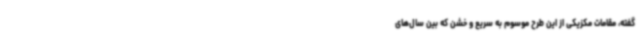
گفته، مقامات مکزیکی از این طرح موسوم به سریع و خشن که بین سال‌های